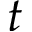
t